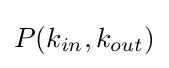
P(k_{in},k_{out})